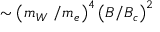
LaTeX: \sim \left( m _ { W } \, \, / m _ { e } \right) ^ { 4 } \left( B / B _ { c } \right) ^ { 2 }